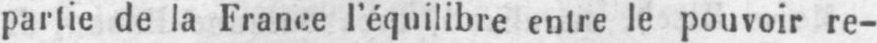
partie de la France l’équilibre entre le pouvoir re-